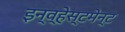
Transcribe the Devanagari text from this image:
इन्व्हेस्टमेन्ट